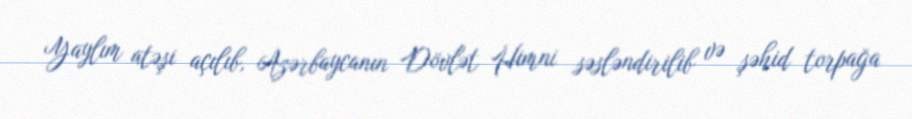
Yaylım atəşi açılıb, Azərbaycanın Dövlət Himni səsləndirilib və şəhid torpağa